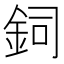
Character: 鉰